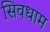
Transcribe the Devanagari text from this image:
सिवधाम